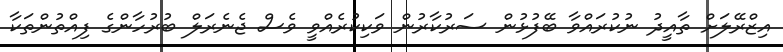
އިޒްރޭލަށް ތާއީދު ނުކުރައްވާ ބޭފުޅުން ސަރުކާރުން ވަކިކުރެއްވީ ވެސް ޖެނެރަލް ބުރުހާންގެ ފިއްތުންތަކާ